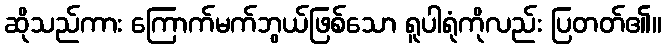
ဆိုသည်ကား ကြောက်မက်ဘွယ်ဖြစ်သော ရူပါရုံကိုလည်း ပြတတ်၏။